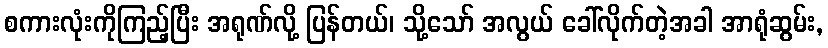
စကားလုံးကိုကြည့်ပြီး အရုဏ်လို့ ပြန်တယ်၊ သို့သော် အလွယ် ခေါ်လိုက်တဲ့အခါ အာရုံဆွမ်း,